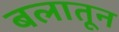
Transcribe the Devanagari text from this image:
बलातून